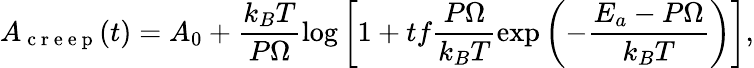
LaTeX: A_{\mathrm{~c~r~e~e~p~}}(t)=A_{0}+\frac{k_{B}T}{P\Omega}\log\left[1+tf\frac{P\Omega}{k_{B}T}\exp\left(-\frac{E_{a}-P\Omega}{k_{B}T}\right)\right],